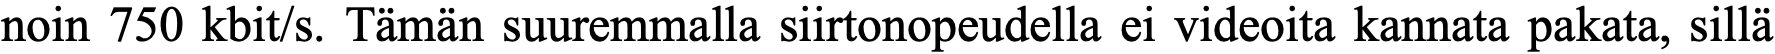
noin 750 kbit/s. Tämän suuremmalla siirtonopeudella ei videoita kannata pakata, sillä